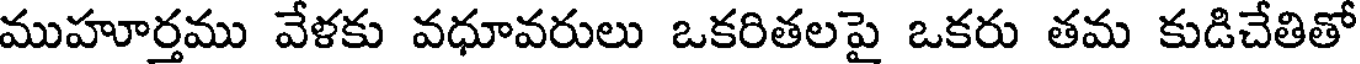
ముహూర్తము వేళకు వధూవరులు ఒకరితలపై ఒకరు తమ కుడిచేతితో